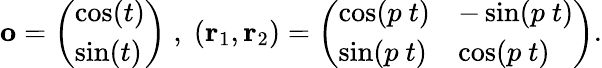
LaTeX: {\mathbf o}=\left(\begin{array}{l}{\cos(t)}\\ {\sin(t)}\end{array}\right)\; ,\; ({\mathbf r}_{1},{\mathbf r}_{2})=\left(\begin{array}{ll}{\cos(p\ t)}&{-\sin(p\ t)}\\ {\sin(p\ t)}&{\cos(p\ t)}\end{array}\right).